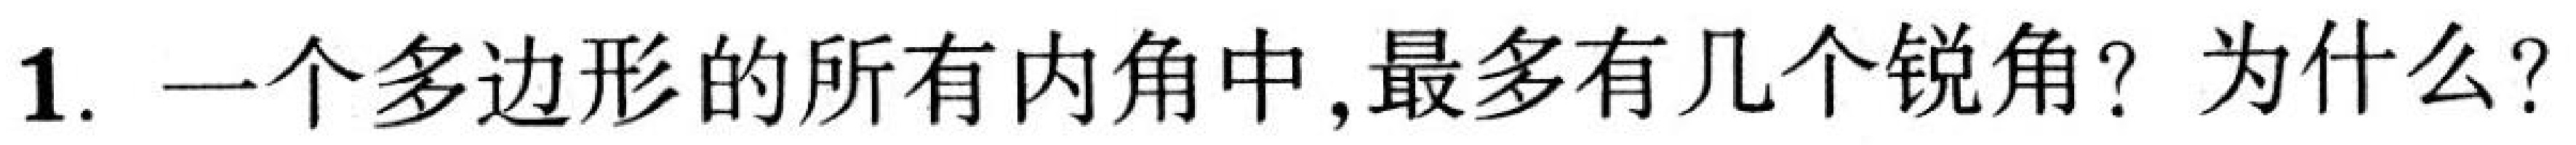
1. 一个多边形的所有内角中,最多有几个锐角？为什么？